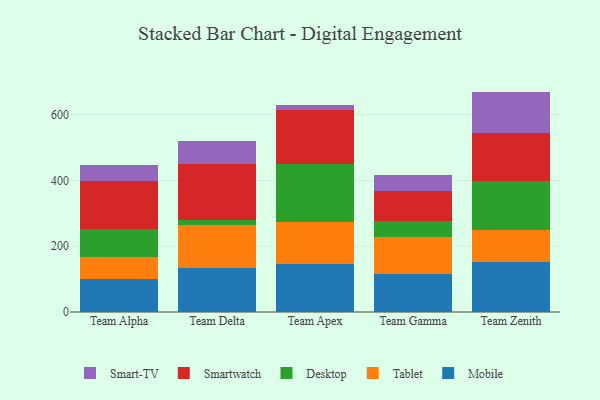
{"axis": {"x": "Team", "y": "Shipments"}, "legend": ["Desktop", "Mobile", "Smart-TV", "Smartwatch", "Tablet"], "data": [{"x": "Team Alpha", "y": 100.8, "type": "Mobile"}, {"x": "Team Alpha", "y": 66.9, "type": "Tablet"}, {"x": "Team Alpha", "y": 84.8, "type": "Desktop"}, {"x": "Team Alpha", "y": 146.7, "type": "Smartwatch"}, {"x": "Team Alpha", "y": 48.3, "type": "Smart-TV"}, {"x": "Team Delta", "y": 134.1, "type": "Mobile"}, {"x": "Team Delta", "y": 129.7, "type": "Tablet"}, {"x": "Team Delta", "y": 17.1, "type": "Desktop"}, {"x": "Team Delta", "y": 168.1, "type": "Smartwatch"}, {"x": "Team Delta", "y": 71.4, "type": "Smart-TV"}, {"x": "Team Apex", "y": 146.3, "type": "Mobile"}, {"x": "Team Apex", "y": 127.1, "type": "Tablet"}, {"x": "Team Apex", "y": 177.0, "type": "Desktop"}, {"x": "Team Apex", "y": 164.3, "type": "Smartwatch"}, {"x": "Team Apex", "y": 13.9, "type": "Smart-TV"}, {"x": "Team Gamma", "y": 114.3, "type": "Mobile"}, {"x": "Team Gamma", "y": 113.3, "type": "Tablet"}, {"x": "Team Gamma", "y": 50.3, "type": "Desktop"}, {"x": "Team Gamma", "y": 91.2, "type": "Smartwatch"}, {"x": "Team Gamma", "y": 46.7, "type": "Smart-TV"}, {"x": "Team Zenith", "y": 152.4, "type": "Mobile"}, {"x": "Team Zenith", "y": 98.6, "type": "Tablet"}, {"x": "Team Zenith", "y": 147.3, "type": "Desktop"}, {"x": "Team Zenith", "y": 146.3, "type": "Smartwatch"}, {"x": "Team Zenith", "y": 126.0, "type": "Smart-TV"}]}